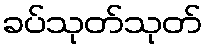
ခပ်သုတ်သုတ်